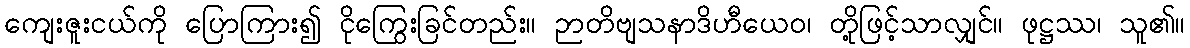
ကျေးဇူးငယ်ကို ပြောကြား၍ ငိုကြွေးခြင်တည်း။ ဉာတိဗျသနာဒိဟီယေဝ၊ တို့ဖြင့်သာလျှင်။ ဖုဋ္ဌဿ၊ သူ၏။